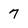
Character: 7